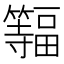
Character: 𫂨